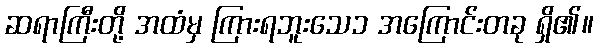
ဆရာကြီးတို့ အထံမှ ကြားရဘူးသေ၁ အကြောင်းတခု ရှိ၏။